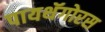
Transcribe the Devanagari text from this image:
पायथॅगोरस